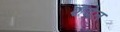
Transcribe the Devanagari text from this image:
शवेत